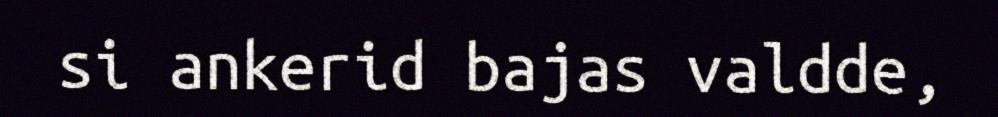
si ankerid bajas valdde,